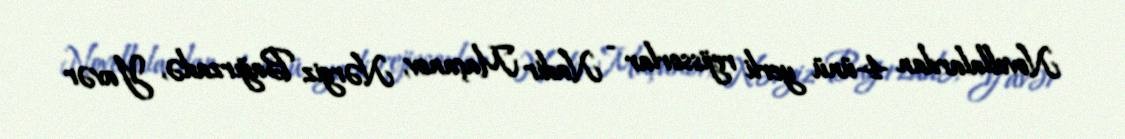
Novellalardan 4-ünü yerli rejissorlar - Nadir Maçanov, Nərgiz Bağırzadə, Yavər